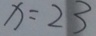
x = 2 3